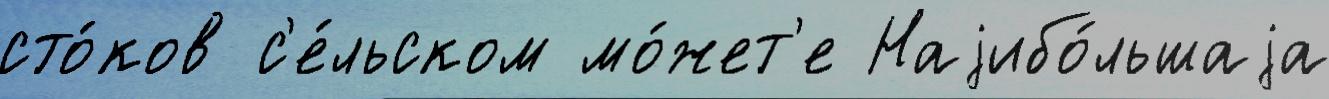
сто́ков с'е́льском мо́жет'е Наjибо́льшаjа